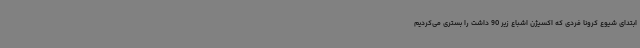
ابتدای شیوع کرونا فردی که اکسیژن اشباع زیر 90 داشت را بستری می‌کردیم